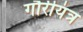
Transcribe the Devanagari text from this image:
गौरीयंत्र